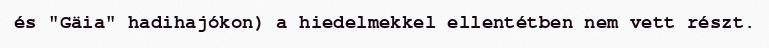
és "Gäia" hadihajókon) a hiedelmekkel ellentétben nem vett részt.